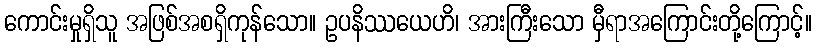
ကောင်းမှုရှိသူ အဖြစ်အစရှိကုန်သော။ ဥပနိဿယေဟိ၊ အားကြီးသော မှီရာအကြောင်းတို့ကြောင့်။